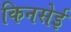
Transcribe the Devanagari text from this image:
किनसेई